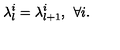
\lambda _ { l } ^ { i } = \lambda _ { l + 1 } ^ { i } , \: \: \forall i .